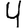
Digit: 4